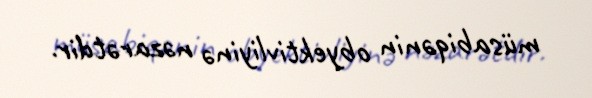
müsabiqənin obyektivliyinə nəzarətdir.